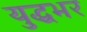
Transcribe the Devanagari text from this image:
युद्धभर